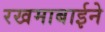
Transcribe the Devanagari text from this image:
रखमाबाईने